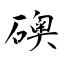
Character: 礇